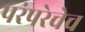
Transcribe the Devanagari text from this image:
परंपरेचेच